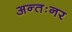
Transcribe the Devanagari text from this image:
अन्तःनर